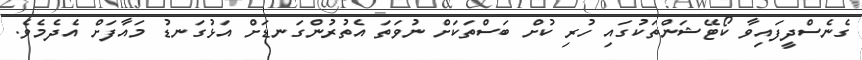
ގެނެސްދީފައިވާ ކޯޓޭޝަންތަކުގައި ހުރި ކުށް ބަސްތަކަށް ނުވަތަ އެތުރުންގަނޑަށް އަޅުގަނޑު މައާފަށް އެދެމެވެ.